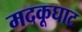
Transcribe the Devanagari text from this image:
मदकूघाट